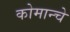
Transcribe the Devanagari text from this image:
कोमान्चे